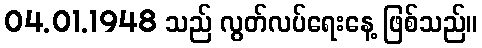
04.01.1948 သည် လွတ်လပ်ရေးနေ့ ဖြစ်သည်။